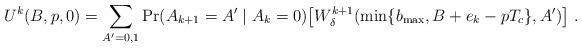
LaTeX: \begin{align*}U^{k}(B,p,0) = \sum_{A'=0,1}\textrm{Pr}(A_{k+1}=A'\;|\;A_{k}=0)\big[W_{\delta}^{k+1}(\min\{b_{\max},B + e_k - pT_c\},A') \big]\ .\end{align*}